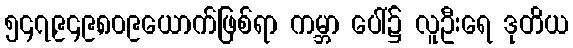
၅၄၇,၉၄၉,၈၀၉ယောက်ဖြစ်ရာ ကမ္ဘာ ပေါ်၌ လူဦးရေ ဒုတိယ